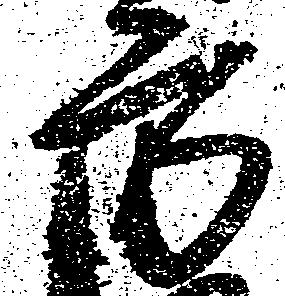
方